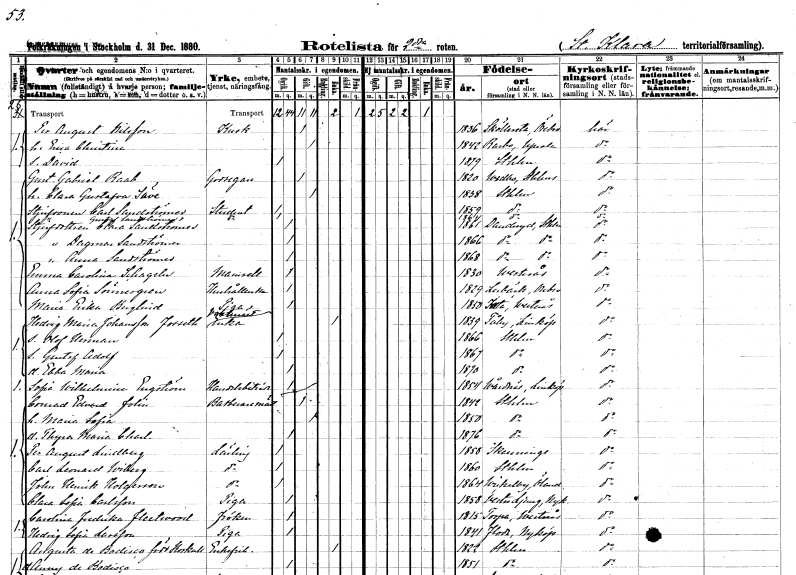
gt_parse: households: individuals: FN: Per August
EN: Nilsson
YRKE: Kusk
KON: M
CIV: G
FODAR: 1836
FODFORS: Sköllersta Örebro län
FN: Erica Christina
KON: K
CIV: G
FODAR: 1842
FODFORS: Rasbo Uppsala län
FN: David
KON: M
CIV: O
FODAR: 1879
FODFORS: Stockholm
FN: Gustaf Gabriel
EN: Raab
YRKE: Godsägare
KON: M
CIV: G
FODAR: 1820
FODFORS: Vidbo Stockholms län
FN: Clara Gustafva
EN: Säve
KON: K
CIV: G
FODAR: 1838
FODFORS: Stockholm
FN: Carl
EN: Sandströmer
YRKE: Student
KON: M
CIV: O
FODAR: 1859
FODFORS: Stockholm
FN: Gustaf
EN: Sandströmer
YRKE: Student
KON: M
CIV: O
FODAR: 1864
FODFORS: Stockholm
FN: Clara
EN: Sandströmer
KON: K
CIV: O
FODAR: 1861
FODFORS: Danderyd Stockholms län
FN: Dagmar
EN: Sandströmer
KON: K
CIV: O
FODAR: 1866
FODFORS: Danderyd Stockholms län
FN: Anna
EN: Sandströmer
KON: K
CIV: O
FODAR: 1868
FODFORS: Danderyd Stockholms län
FN: Emma Carolina
EN: Schageln
KON: K
CIV: O
FODAR: 1830
FODFORS: Västerås Västmanlands län
FN: Anna Sofia
EN: Sönnergren
YRKE: Hushållerska
KON: K
CIV: O
FODAR: 1829
FODFORS: Lerbäck Örebro län
FN: Maria Erika
EN: Berglind
YRKE: Piga
KON: K
CIV: O
FODAR: 1850
FODFORS: Irsta Västmanlands län
FN: Hedvig Maria
EN: Johansson Fosseth
YRKE: Vaktmästareänka
KON: K
CIV: E
FODAR: 1839
FODFORS: Tåby Östergötlands län
FN: Olof Herman
KON: M
CIV: O
FODAR: 1866
FODFORS: Stockholm
FN: Gustaf Adolf
KON: M
CIV: O
FODAR: 1867
FODFORS: Stockholm
FN: Ebba Maria
KON: K
CIV: O
FODAR: 1870
FODFORS: Stockholm
FN: Sofia Wilhelmina
EN: Engström
YRKE: Handelsbiträde
KON: K
CIV: O
FODAR: 1854
FODFORS: Vårdnäs Östergötlands län
FN: Conrad Edvard
EN: Folin
YRKE: Barberaremästare
KON: M
CIV: G
FODAR: 1842
FODFORS: Stockholm
FN: Maria Sofia
KON: K
CIV: G
FODAR: 1850
FODFORS: Stockholm
FN: Thyra Maria Charlotta
KON: K
CIV: O
FODAR: 1876
FODFORS: Stockholm
FN: Per August
EN: Lindberg
YRKE: Lärling
KON: M
CIV: O
FODAR: 1858
FODFORS: Skänninge Östergötlands län
FN: Carl Leonard
EN: Wiberg
YRKE: Lärling
KON: M
CIV: O
FODAR: 1860
FODFORS: Stockholm
FN: John Henrik
EN: Holgersson
YRKE: Lärling
KON: M
CIV: O
FODAR: 1864
FODFORS: Vickleby Kalmar län
FN: Clara Sofia
EN: Carlsson
YRKE: Piga
KON: K
CIV: O
FODAR: 1858
FODFORS: Västerljung Södermanlands län